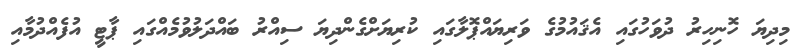
މިދިޔަ ހޮނިހިރު ދުވަހުގައި އެޤައުމުގެ ވަރިޔައްޕޮލާގައި ކުރިޔަށްގެންދިޔަ ސިއްރު ބައްދަލުވުމެއްގައި ޕާޓީ އުފެއްދުމާއި